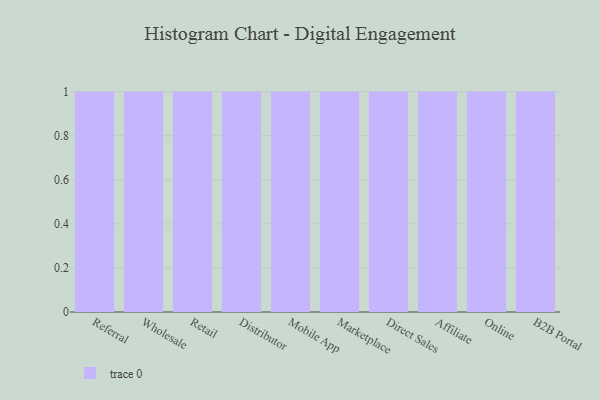
{"axis": {"x": "Channel", "y": "Population (Million)"}, "legend": [""], "data": [{"x": "Referral", "y": 76, "type": ""}, {"x": "Wholesale", "y": 55, "type": ""}, {"x": "Retail", "y": 29, "type": ""}, {"x": "Distributor", "y": 94, "type": ""}, {"x": "Mobile App", "y": 36, "type": ""}, {"x": "Marketplace", "y": 100, "type": ""}, {"x": "Direct Sales", "y": 37, "type": ""}, {"x": "Affiliate", "y": 28, "type": ""}, {"x": "Online", "y": 86, "type": ""}, {"x": "B2B Portal", "y": 70, "type": ""}]}